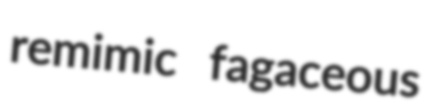
remimic fagaceous